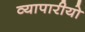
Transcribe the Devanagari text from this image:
व्यापारीयो